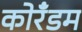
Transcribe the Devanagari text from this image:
कोरँडम